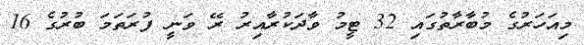
މިއަހަރުގެ މުބާރާތުގައި 32 ޓީމު ވާދަކުރާއިރު ރޭ ވަނީ ފުރަތަމަ ބުރުގެ 16